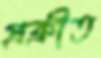
প্রক্রীত